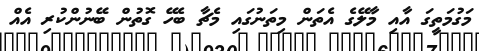
މަގުމަތީގަ އާއި މާލޭގެ އެތަން މިތަނުގައި މެޗާ ބެހޭ ގޮތުން ބޭނުންކުރި އެއް